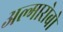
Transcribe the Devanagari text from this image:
अल्गारोबो